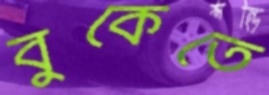
বুকেতে